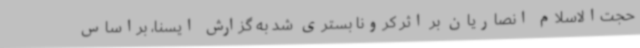
حجت‌الاسلام انصاریان بر اثر کرونا بستری شد به گزارش ایسنا، براساس